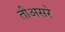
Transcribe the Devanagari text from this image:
तीअसरे